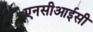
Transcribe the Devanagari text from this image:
एनसीआईसी